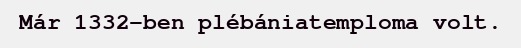
Már 1332-ben plébániatemploma volt.